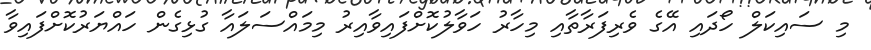
މި ސައިކަލް ހޯދައި އޭގެ ވެރިފަރާތާއި މިހާރު ހަވާލުކޮށްފައިވާއިރު މިމައްސަލައާ ގުޅިގެން ހައްޔަރުކޮށްފައިވާ